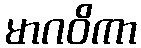
မာဂဝိကာ